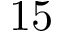
1 5